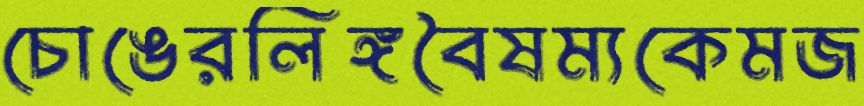
চোঙেরলিঙ্গবৈষম্যকেমজ